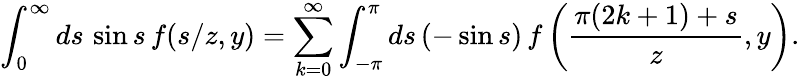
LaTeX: \int_{0}^{\infty}ds\, \sin s\, f(s/z,y)=\sum_{k=0}^{\infty}\int_{-\pi}^{\pi}ds\, (-\sin s)\, f\left(\frac{\pi(2k+1)+s}z,y\right).